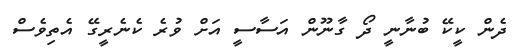
ދެން ކީކޭ ބުނާނީ ދޯ ގާނޫން އަސާސީ އަށް ވުރެ ކެނެރީގޭ އެތިވެސް